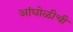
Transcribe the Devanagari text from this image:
आंघोळीची